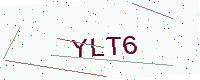
Text: YLT6